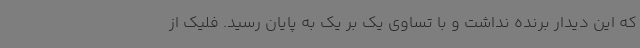
که این دیدار برنده نداشت و با تساوی یک بر یک به پایان رسید. فلیک از